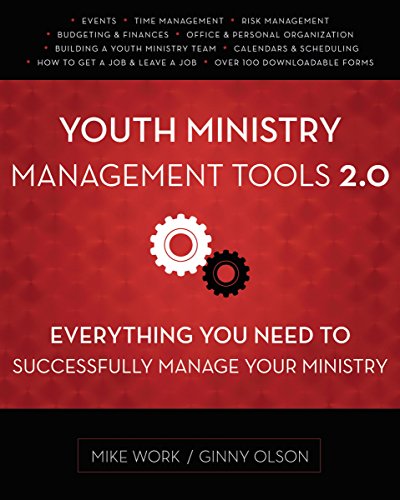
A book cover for Youth Ministry Management Tools 2.0: Everything You Need to Successfully Manage Your Ministry; Mike A. Work; Christian Books & Bibles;